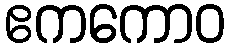
ဧကကောဝ